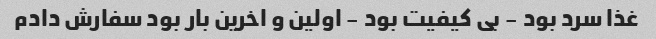
غذا سرد بود - بی کیفیت بود - اولین و اخرین بار بود سفارش دادم